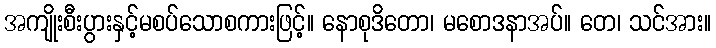
အကျိုးစီးပွားနှင့်မစပ်သောစကားဖြင့်။ နောစုဒိတော၊ မစောဒနာအပ်။ တေ၊ သင်အား။